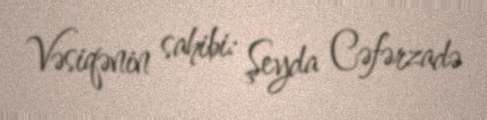
Vəsiqənin sahibi: Şeyda Cəfərzadə